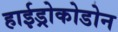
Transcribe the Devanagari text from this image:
हाईड्रोकोडोन